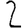
Digit: 2